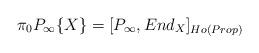
LaTeX: \begin{align*}\pi_0P_{\infty}\{X\} = [P_{\infty},End_X]_{Ho(Prop)}\end{align*}